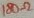
Text: 180Ω